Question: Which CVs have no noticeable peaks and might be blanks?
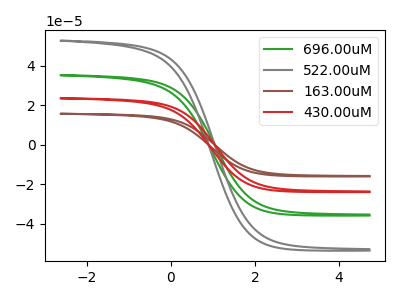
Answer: <think>The green curve "696.00uM" has no peaks. The gray curve "522.00uM" has no peaks. The brown curve "163.00uM" has no peaks. The red curve "430.00uM" has no peaks.</think>
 <answer>"696.00uM", "522.00uM", "163.00uM" and "430.00uM" are likely to be blanks.</answer>
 <eval>"696.00uM", "522.00uM", "163.00uM", "430.00uM"</eval>